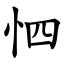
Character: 怬